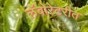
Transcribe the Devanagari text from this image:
लॅबोरेटरीत